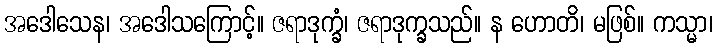
အဒေါသေန၊ အဒေါသကြောင့်။ ဇရာဒုက္ခံ၊ ဇရာဒုက္ခသည်။ န ဟောတိ၊ မဖြစ်။ ကသ္မာ၊